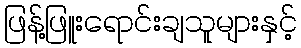
ဖြန့်ဖြူးရောင်းချသူများနှင့်